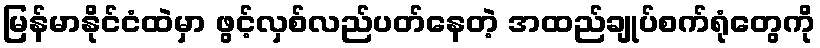
မြန်မာနိုင်ငံထဲမှာ ဖွင့်လှစ်လည်ပတ်နေတဲ့ အထည်ချုပ်စက်ရုံတွေကို